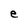
Character: e